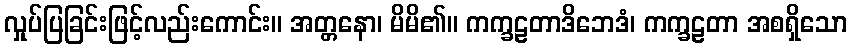
လှုပ်ပြခြင်းဖြင့်လည်းကောင်း။ အတ္တနော၊ မိမိ၏။ ကက္ခဠတာဒိဘေဒံ၊ ကက္ခဠတာ အစရှိသော